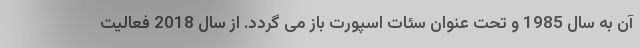
آن به سال 1985 و تحت عنوان سئات اسپورت باز می گردد. از سال 2018 فعالیت